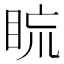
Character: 䀮